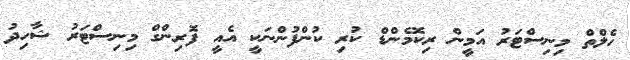
ހެލްތް މިނިސްޓަރު އަމީން ރިކޮމެންޑް ކުރި ކުންފުންނަކީ އެއީ ފޮރިންގް މިނިސްޓަރު ޝާހިދު